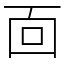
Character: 靣